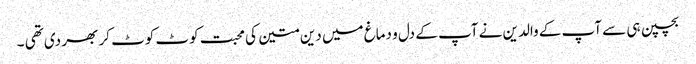
بچپن ہی سے آپ کے والدین نے آپ کے دل و دماغ میں دین متین کی محبت کوٹ کوٹ کر بھر دی تھی ۔